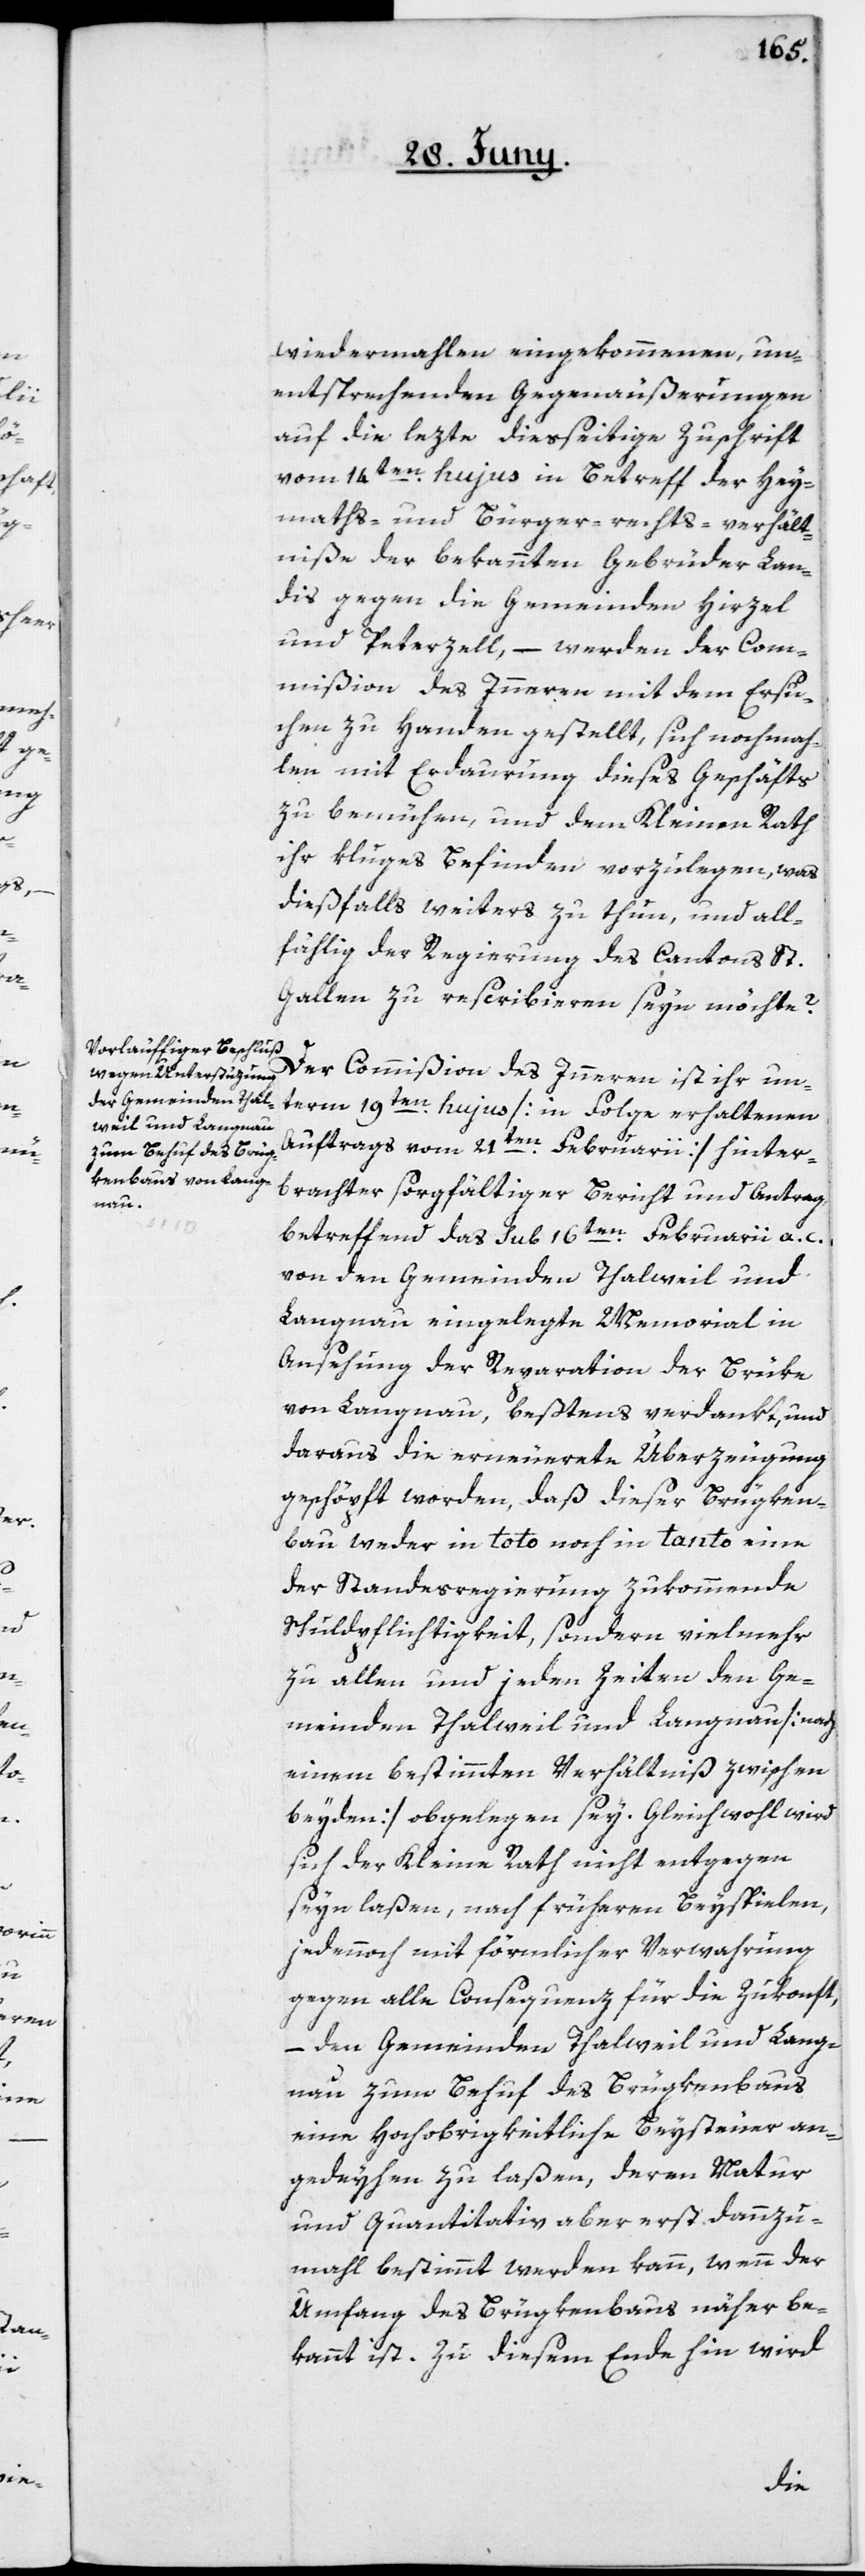
wiedermahlen eingekommenen, un¬
entsprechenden Gegenäußerungen
auf die lezte diesseitige Zuschrift
vom 14ten hujus in Betreff der Hey¬
maths- und Bürger-rechts-verhält¬
[sic!] der bekannten Gebrüder Lan¬
dis gegen die Gemeinden Hirzel
und Peterzell, – werden der Com¬
mißion des Innern mit dem Ersu¬
chen zu Handen gestellt, sich nochmah¬
len mit Erdaurung dieses Geschäfts
zu bemühen, und dem Kleinen Rath
ihr kluges Befinden vorzulegen, was
dießfalls weiters zu thun, und all¬
fählig der Regierung das Cantons St.
Gallen zu rescribieren seyn möchte?
Der Commißion des Innern ist ihr un¬
term 19ten hujus [in Folge erhaltenen
Auftrags vom 21ten Februarii] hinter¬
brachter sorgfältiger Bericht und Antrag
betreffend das sub 16ten Februarii a. c.
von den Gemeinden Thalweil und
Langnau eingelegte Memorial in
Ansehung der Reparation der Brüke
von Langnau, beßtens verdankt, und
daraus die erneuerte Überzeugung
geschöpft worden, daß dieser Brügken¬
bau weder in toto noch in tanto eine
der Standesregierung zukommende
Schuldpflichtigkeit, sondern vielmehr
zu allen und jeden Zeiten den Ge¬
meinden Thalwil und Langnau [nach
einem bestimmten Verhältniß zwischen
beyden] obgelegen sey. Gleichwohl wird
sich der Kleine Rath nicht entgegen
seyn laßen, nach früheren Beyspielen,
jedennoch mit förmlicher Verwahrung
gegen alle Consequenz für die Zukonft,
– den Gemeinden Thalweil und Lang¬
nau zum Behuf des Brügkenbaus
eine Hochobrigkeitliche Beysteuer an¬
gedeyhen zu laßen, deren Natur
und quantitativ aber erst dannzu¬
mahl bestimmt werden kann, wenn der
Umfang des Brügkenbaus näher be¬
kannt ist. Zu diesem Ende hin wird
niße